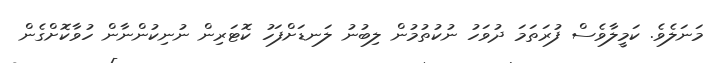
މަނަލެވެ. ކަމީލާވެސް ފުރަތަމަ ދުވަހު ނުކުތުމުން ލިބުނު ލަނޑަށްފަހު ކޮޓަރިން ނުނިކުންނާން ހުވާކޮށްގެން